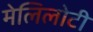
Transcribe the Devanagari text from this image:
मेलिलोटी